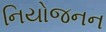
નિયોજનન